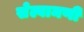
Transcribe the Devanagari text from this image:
सेल्वामणी